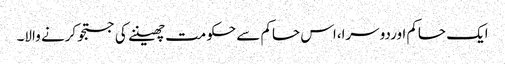
ایک حاکم اوردوسرا،اس حاکم سے حکومت چھیننے کی جستجو کرنے والا۔